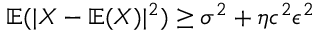
\begin{array} { r } { \mathbb { E } ( | X - \mathbb { E } ( X ) | ^ { 2 } ) \geq \sigma ^ { 2 } + \eta c ^ { 2 } \epsilon ^ { 2 } } \end{array}